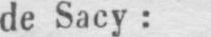
de Sacy: